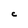
Character: C